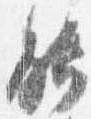
能